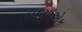
હવામાએક